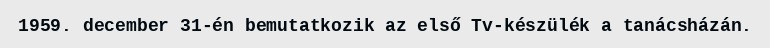
1959. december 31-én bemutatkozik az első Tv-készülék a tanácsházán.